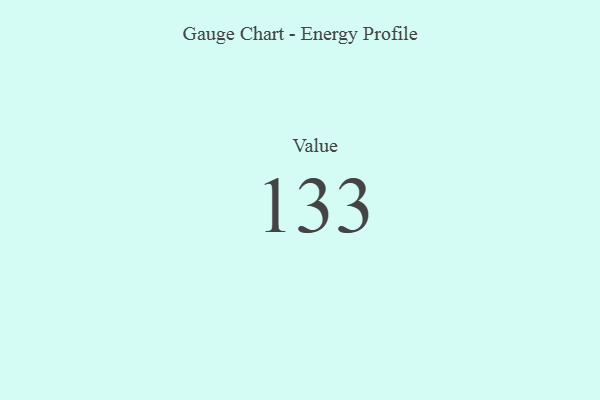
{"axis": {"x": "Metric", "y": "Value"}, "legend": [""], "data": [{"x": "Value", "y": 133, "type": ""}]}